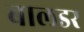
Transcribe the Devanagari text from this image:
बालडर